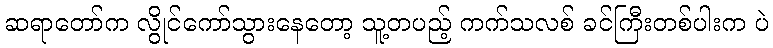
ဆရာတော်က လွိုင်ကော်သွားနေတော့ သူ့တပည့် ကက်သလစ် ခင်ကြီးတစ်ပါးက ပဲ